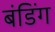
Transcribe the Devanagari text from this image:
बंडिंग